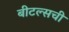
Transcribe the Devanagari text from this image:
बीटल्सची